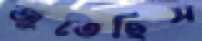
জুতেছিস